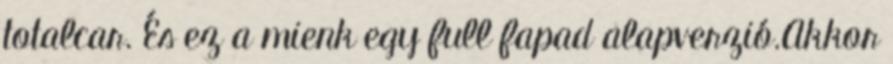
totalcar. És ez a mienk egy full fapad alapverzió.Akkor